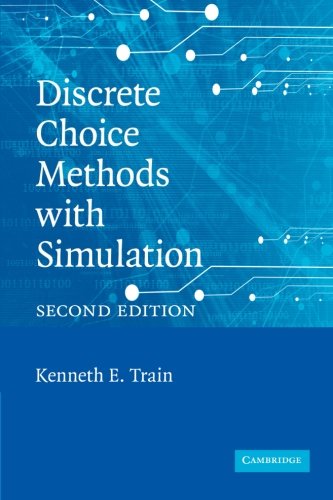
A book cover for Discrete Choice Methods with Simulation; Kenneth E. Train; Business & Money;